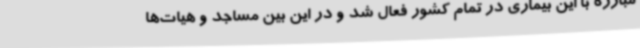
مبارزه با این بیماری در تمام کشور فعال شد و در این بین مساجد و هیات‌ها